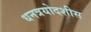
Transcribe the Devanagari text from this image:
धनत्रयोदशीस